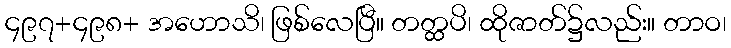
၄၉၇+၄၉၈+ အဟောသိ၊ ဖြစ်လေပြီ။ တတ္ထပိ၊ ထိုဇာတ်၌လည်း။ တာဝ၊